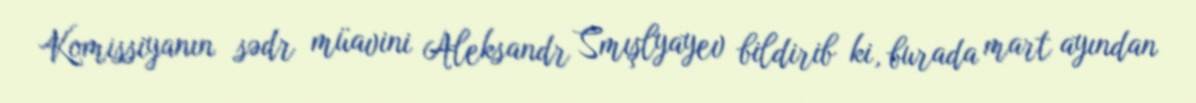
Komissiyanın sədr müavini Aleksandr Smışlyayev bildirib ki, burada mart ayından